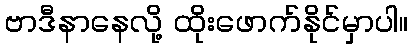
ဗာဒီနာနေလို့ ထိုးဖောက်နိုင်မှာပါ။